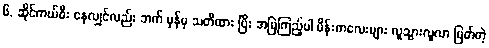
၆. ဆိုင်ကယ်စီး နေလျှင်လည်း ဘက် မှန်မှ သတိထား ပြီး အမြဲကြည့်ပါ မိန်းကလေးများ လူသွားလူလာ ပြတ်တဲ့